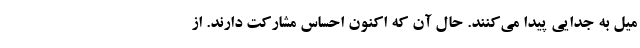
میل به جدایی پیدا می‌کنند. حال آن که اکنون احساس مشارکت دارند. از